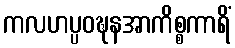
ကလဟပ္ပဝဍ္ဎနအာကိစ္စကာရိံ